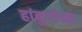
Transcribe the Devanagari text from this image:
हांबुर्गाच्या